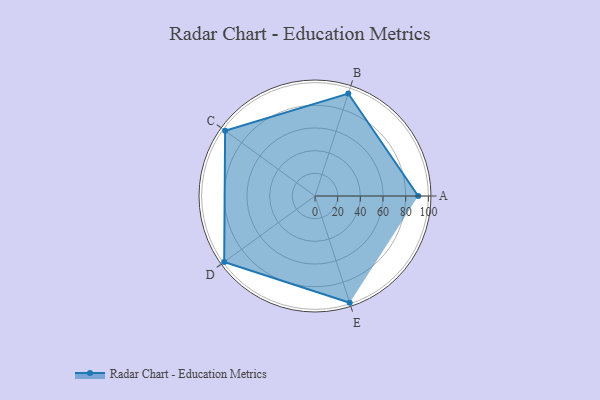
{"axis": {"x": "Skill", "y": "Score"}, "legend": ["Profile"], "data": [{"x": "A", "y": 91.0, "type": "Profile"}, {"x": "B", "y": 95.0, "type": "Profile"}, {"x": "C", "y": 98.0, "type": "Profile"}, {"x": "D", "y": 99, "type": "Profile"}, {"x": "E", "y": 99, "type": "Profile"}]}